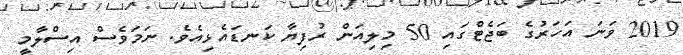
2019 ވަނަ އަހަރުގެ ބަޖެޓްގައި 50 މިލިއަން ރުފިޔާ ކަނޑައެޅިއެވެ. ނަމަވެސް އިސްލާމީ